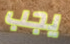
يجب